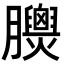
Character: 𦣁